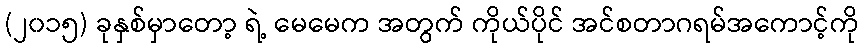
(၂၀၁၅) ခုနှစ်မှာတော့ ရဲ့ မေမေက အတွက် ကိုယ်ပိုင် အင်စတာဂရမ်အကောင့်ကို